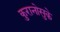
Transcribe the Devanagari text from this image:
कुरानोसुके